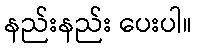
နည်းနည်း ပေးပါ။